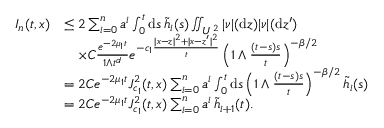
\begin{array} { r l } { I _ { n } ( t , x ) } & { \le 2 \sum _ { i = 0 } ^ { n } a ^ { i } \int _ { 0 } ^ { t } \ensuremath { \mathrm { d } } s \, \widetilde h _ { i } ( s ) \iint _ { U ^ { 2 } } | \nu | ( \ensuremath { \mathrm { d } } z ) | \nu | ( \ensuremath { \mathrm { d } } z ^ { \prime } ) } \\ & { \quad \times C \frac { e ^ { - 2 \mu _ { 1 } t } } { 1 \wedge t ^ { d } } e ^ { - c _ { 1 } \frac { | x - z | ^ { 2 } + | x - z ^ { \prime } | ^ { 2 } } { t } } \left( 1 \wedge \frac { ( t - s ) s } { t } \right) ^ { - \beta / 2 } } \\ & { = 2 C e ^ { - 2 \mu _ { 1 } t } J _ { c _ { 1 } } ^ { 2 } ( t , x ) \sum _ { i = 0 } ^ { n } a ^ { i } \int _ { 0 } ^ { t } \ensuremath { \mathrm { d } } s \left( 1 \wedge \frac { ( t - s ) s } { t } \right) ^ { - \beta / 2 } \widetilde { h } _ { i } ( s ) } \\ & { = 2 C e ^ { - 2 \mu _ { 1 } t } J _ { c _ { 1 } } ^ { 2 } ( t , x ) \sum _ { i = 0 } ^ { n } a ^ { i } \, \widetilde h _ { i + 1 } ( t ) . } \end{array}